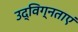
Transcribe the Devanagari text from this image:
उद्विग्नताएं